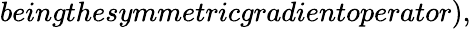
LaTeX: beingthesymmetricgradientoperator),